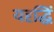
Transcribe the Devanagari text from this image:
यदृद्धिं